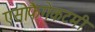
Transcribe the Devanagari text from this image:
एसोफैगेकटमी